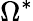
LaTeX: \Omega^{\ast}